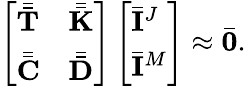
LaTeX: \begin{array}{r}{\left[\begin{array}{ll}{\bar{\bar{\mathbf{T}}}}&{\bar{\bar{\mathbf{K}}}}\\ {\bar{\bar{\mathbf{C}}}}&{\bar{\bar{\mathbf{D}}}}\end{array}\right]\left[\begin{array}{l}{\bar{\mathbf{I}}^{J}}\\ {\bar{\mathbf{I}}^{M}}\end{array}\right]\approx\bar{\mathbf{0}}.}\end{array}